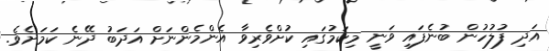
އަދި ފުލުހުން ބުނެފައި ވަނީ މިކަމުގައި ކުށްވެރިވާ އެންމެންނަށް އަދަބު ދޭނެ ކަމަށެވެ.